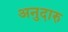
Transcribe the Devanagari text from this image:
अनुदारु